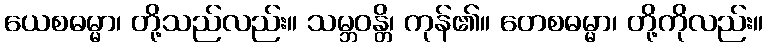
ယေစဓမ္မာ၊ တို့သည်လည်း။ သမ္ဘဝန္တိ၊ ကုန်၏။ တေစဓမ္မာ၊ တို့ကိုလည်း။